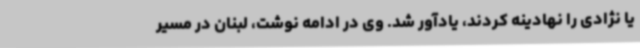
یا نژادی را نهادینه کردند، یادآور شد. وی در ادامه نوشت، لبنان در مسیر